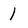
Character: 1